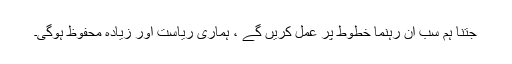
جتنا ہم سب ان رہنما خطوط پر عمل کریں گے ، ہماری ریاست اور زیادہ محفوظ ہوگی۔